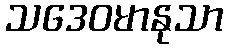
သဒေဝမာနုသာ